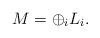
LaTeX: \begin{align*}M = \oplus_i L_i. \end{align*}